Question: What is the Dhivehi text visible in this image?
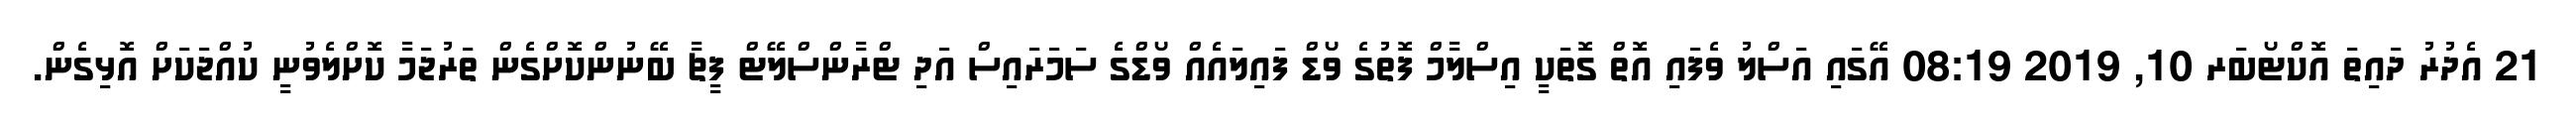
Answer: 21 އެދުރު ދައިތަ އޮކްޓޯބަރ 10, 2019 08:19 އޭގައި އަސްލު ވެފައި އޮތް ގޮތަކީ އިސްލާމް ފޮތުގެ ވޯޑް ފައިލައެއް ވޯޑްގެ ސަމަރައިސް އަދި ޓްރާންސްލޭޓް ފީޗާ ބޭނުންކޮށްގެން ތަރުޖަމާ ކޮށްލެވުނީ ކުއްޖަކަށް އޮޅިގެން.